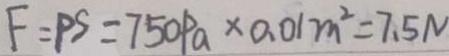
F = P S = 7 5 0 P a \times 0 . 0 1 m ^ { 2 } = 7 . 5 N